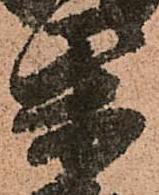
柴